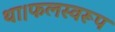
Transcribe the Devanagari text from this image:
था।फलस्वरूप